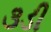
૩ડી